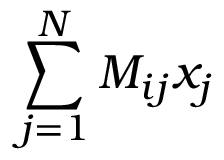
\sum _ { j = 1 } ^ { N } M _ { i j } x _ { j }